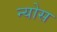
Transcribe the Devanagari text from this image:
न्योस